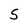
Character: S